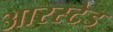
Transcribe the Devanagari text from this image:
आरस्टेड